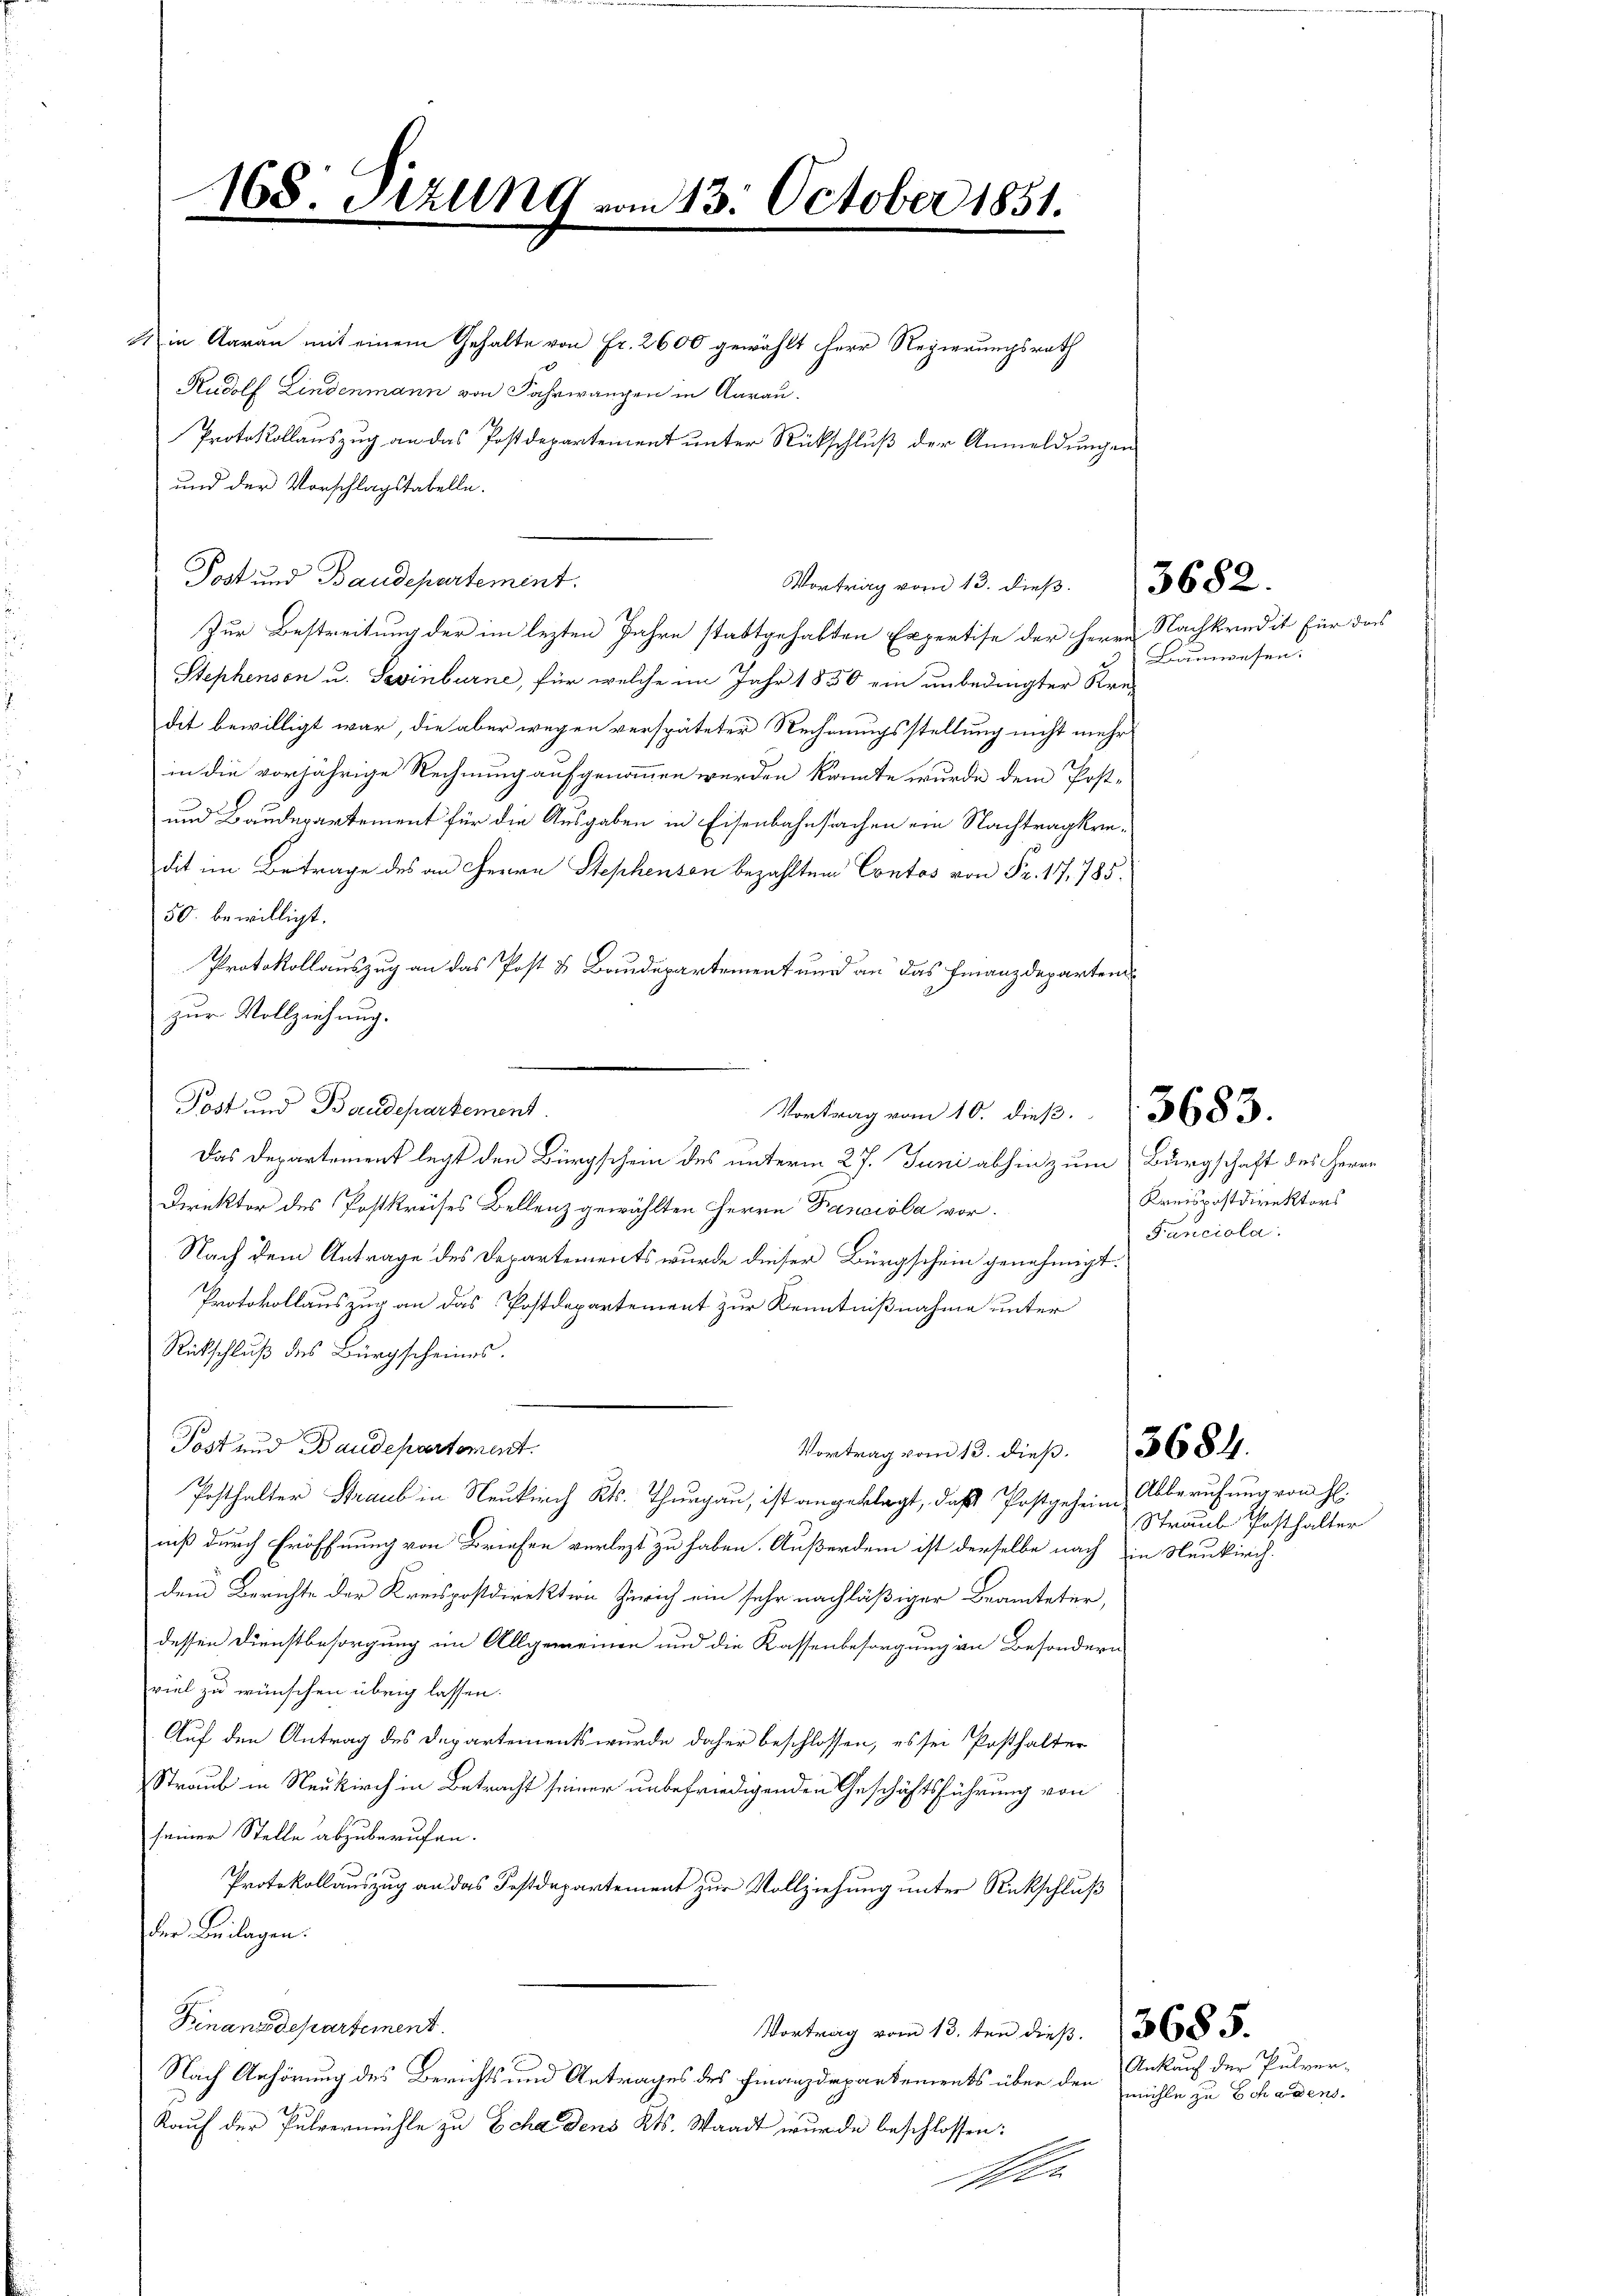
2 in Aarau mit einem Gehalte von Fr. 2600 gewählt Herr Regierungsrath
Rudolf Lindenmann von Fahrwangen in Aarau
Protokollauszug an das Postdepartement unter Rückschluß der Anmeldungen
und der Vorschlagstabelle.
Post und Baudepartement.
Zur Bestreitung der im lezten Jahre stattgehabten Expertise der Herrn
Stephenson u. Sevinburne, für welche im Jahr 1850 ein unbedingter Kre-
dit bewilligt war, die aber wegen verspäteter Rechnungsstellung nicht mehr
in die vorjährige Rechnung aufgenommen werden könnte wurde dem Post-
und Baudepartement für die Ausgaben in Eisenbahnsachen ein Nachtragkredit im Betrage des an Herrn Stephensen bezahlten Contos von Fr. 17,785.
50. bewilligt.
Protokollauszug an das Post & Baudepartement und an das Finanzdepartemzur Vollziehung.
Post und Baudepartement
Das Departement legt den Bürgschein des unterm 27. Juni abhin zum Bürgschaft des Herrn
Direktor des Postkreises Bellenz gewählten Herrn Fasciola vor.
Nach dem Antrage des Departements wurde dieser Bürgschein genehmigt.
Protokollauszug an das Postdepartement zur Kenntnißnahme unter
Rückschluß des Bürgscheines.
Post und Baudepartement.
Vortrag vom 13. dieß.
Posthalter Straub in Neukirch Kts. Thurgau, ist angeklagt, daß Postgeheim,
niß durch Eröffnung von Briefen verletzt zu haben. Außerdem ist derselbe nach in Neukirch-
den Berichte der Kreispostdirektion Zürich ein sehr nachläßiger Beamteter,
dessen Dienstbesorgung im Allgemeinen und die Kassenbesorgung in Besondern
viel zu wünschen übrig lassen.
Auf den Antrag des Departements wurde daher beschlossen, es sei Posthalter
Straub in Neukirch in Betracht seiner unbefriedigenden Geschäftsführung von
seiner Stelle abzuberufen.
Protokollauszug an das Festdepartement zur Vollziehung unter Rückschluß
der Beilagen:
Finanzdepartement.
Vortrag vom 13. ten dieß. 3685.
Nach Anhörung des Berichts und Antrages des Finanzdepartements über den mühle zu Schadens¬
Kauf der Pulvermühle zu Schadens Kts. Waadt wurde beschlossen:
sen

168. Sitzung vom 13. October 1851.

Vortrag vom 10. dieß.

Vortrag vom 13. dieβ.  3682.

Nachkredit für das
Bauwesen.

Kreispostdirektors
Fanciola.

3683.

3684.

Abberufung von H.
Straub Posthalter

Ankauf der Pulver-